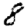
Digit: 8